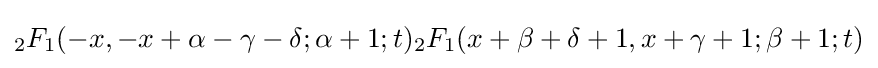
{}_{2}F_{1}(-x,-x+\alpha -\gamma -\delta ;\alpha +1;t){}_{2}F_{1}(x+\beta +\delta +1,x+\gamma +1;\beta +1;t)